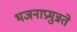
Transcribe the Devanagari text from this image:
भजनाप्रमुन्नते